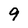
Character: 9